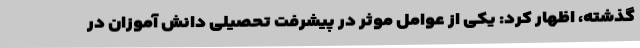
گذشته، اظهار کرد: یکی از عوامل موثر در پیشرفت تحصیلی دانش آموزان در